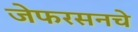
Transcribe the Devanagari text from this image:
जेफरसनचे